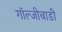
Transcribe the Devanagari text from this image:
गॉल्जीबाडी